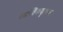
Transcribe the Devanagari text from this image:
तात्विकदृष्ट्या